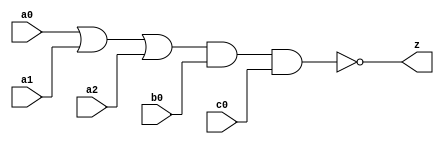
//#############################################################################
//# Function: Or-And-Inverter (oai311) Gate                                   #
//# Copyright: Lambda Project Authors. All rights Reserved.                   #
//# License:  MIT (see LICENSE file in Lambda repository)                     #
//#############################################################################

module la_oai311 #(
    parameter PROP = "DEFAULT"
) (
    input  a0,
    input  a1,
    input  a2,
    input  b0,
    input  c0,
    output z
);

    assign z = ~((a0 | a1 | a2) & b0 & c0);

endmodule